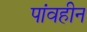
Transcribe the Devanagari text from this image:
पांवहीन